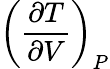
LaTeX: \left({\frac{\partial T}{\partial V}}\right)_{P}